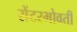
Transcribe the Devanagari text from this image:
सेंटरभोवती